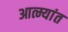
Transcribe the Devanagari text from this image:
आत्म्यांत